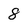
Character: 8